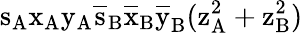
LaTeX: \mathrm{s_{A}\mathrm{x_{A}\mathrm{y_{A}\mathrm{\overline{{s}}_{B}\mathrm{\overline{{x}}_{B}\mathrm{\overline{{y}}_{B}(\mathrm{z_{A}^{2}+\mathrm{z_{B}^{2})}}}}}}}}